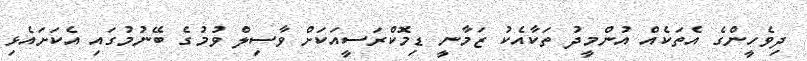
ދިވެހީންގެ އެތަކެއް އުންމީދު ތަކާއެކު ޒަމާނީ ޑިމޮކްރަސީއަކަށް ވާސިލް ވުމުގެ ބޭނުމުގައި އެކަށައެޅި